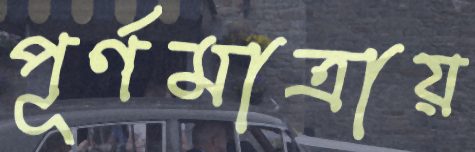
পূর্ণমাত্রায়